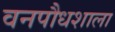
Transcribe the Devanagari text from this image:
वनपौधशाला